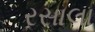
રસાલા